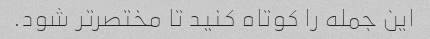
این جمله را کوتاه کنید تا مختصرتر شود.